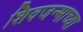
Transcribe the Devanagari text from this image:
शिवजन्माच्या